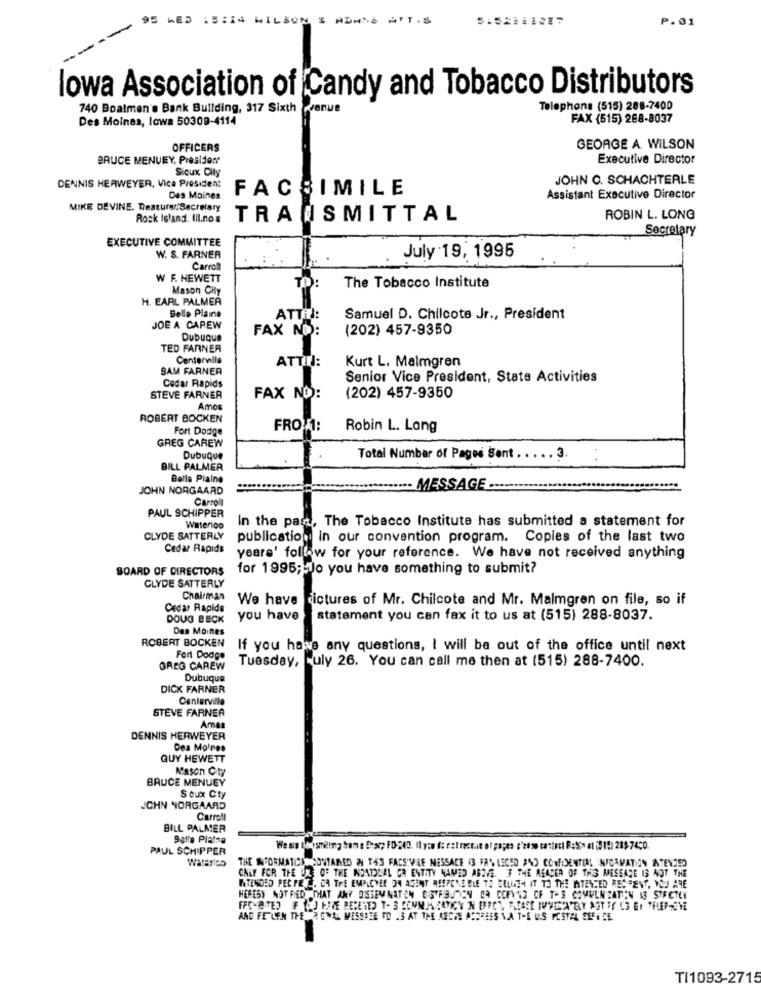
15:14 WILSON & ADARE ATT.S
P.31
lowa Association of Candy and Tobacco Distributors
740 Boatmen's Bank Building, 317 Sixth panve
Telephone (515) 288-7400
Des Moines, lowa 50309-4114
FAX (515) 288-8037
OFFICERS
GEORGE A. WILSON
BRUCE MENUEY, President
Executive Director
Sioux City
JOHN C. SCHACHTERLE
DENNIS HERWEYER, Vice President
FACSIMILE
Des Moines
Assistant Executive Director
MIKE DEVINE. Treasurer Secretary
Rock Island. Ill.nos
TRANSMITTAL
ROBIN L. LONG
Secretary
EXECUTIVE COMMITTEE
W. S. FARNER
July 19, 1995
Carroll
W F. HEWETT
TO:
The Tobacco Institute
Mason City
H. EARL PALMER
Belle Plaine
ATTi:
Samuel D. Chilcote Jr ., President
JOE A CAREW
FAX NO:
(202) 457-9350
Dubuque
TED FARNER
Centerville
ATTII:
SAM FARNER
Kurt L. Malmgren
Senior Vice President, State Activities
Cedar Rapids
STEVE FARNER
FAX NO:
(202) 457-9350
Amos
ROBERT BOCKEN
Fort Dodge
FROM:
Robin L. Long
GREG CAREW
DubuQue
Total Number of Pages Sent . . . . . 3.
BILL PALMER
Belle Plaine
JOHN NORGAARD
MESSAGE .
Carroll
PAUL SCHIPPER
In the past, The Tobacco Institute has submitted a statement for
Waterloo
CLYDE SATTERLY
publication in our convention program. Copies of the last two
Cedar Rapids
years' follow for your reference. We have not received anything
BOARD OF DIRECTORS
for 1995; Jo you have something to submit?
CLYDE SATTERLY
Chairman
We have rictures of Mr. Chilcote and Mr. Malmgren on file, so if
Cedar Rapids
DOUG BECK
you have
statement you can fax it to us at (515) 288-8037.
Des Moines
ROBERT BOCKEN
If you have any questions, I will be out of the office until next
Fort Dodge
Tuesday, uly 26. You can call me then at (515) 288-7400.
GREG CAREW
Dubuque
DICK FARNER
Centerville
STEVE FARNER
Amas
DENNIS HERWEYER
Des Moines
QUY HEWETT
Mason City
BRUCE MENUEY
Soux Cty
CHN NORGAARD
Carroll
BILL PALMER
PAUL SCHIPPER
THE INFORMATIONCONTAINED IN TES FACSVIE NESSACE 13 FAS LEGED AND CONFIDENTIAL INFORMATION ANTENASD
CHAY FOR THE ORE OF THE NOSTOLAL OR ENTITY NAMED ABOVE. IF THE READER OF THIS MESSAGE IS NOT THE
RTENDED PECPE . OR THE EMPLOYEE OR AGENT QESPERE BLE TO CELAEH IT TO THE ATENCED RECENT, YOU ARE
HERESY NOT RED THAT ANY DISSEM NATON OGYAEU CN CA COFVAS CF THS COMULNCATEN IS STRICTLY
AND FEILEN THE RENAL MESSHEE TO 23 AT THE ARCHE ACOREES VA THE U.S POSTAL SEFICE
TI1093-2715